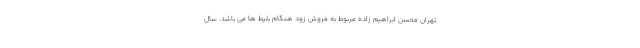
تهران محسن ابراهیم زاده مربوط به فروش زود هنگام بلیط ها می باشد. سال